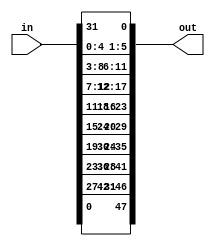
`timescale 1ns / 1ps
//////////////////////////////////////////////////////////////////////////////////
// Company: 
// Engineer: 
// 
// Design Name: 
// Module Name: DES_expansion
// Project Name: 
// Target Devices: 
// Tool Versions: 
// Description: 
// 
// Dependencies: 
// 
// Revision:
// Revision 0.01 - File Created
// Additional Comments:
// 
//////////////////////////////////////////////////////////////////////////////////


module DES_expansion(in,out);
    input [1:32]in;
    output [0:47]out;
    assign out=
    {
    in[32],
    in[1],
    in[2],
    in[3],
    in[4],
    in[5],
    in[4],
    in[5],
    in[6],
    in[7],
    in[8],
    in[9],
    in[8],
    in[9],
    in[10],
    in[11],
    in[12],
    in[13],
    in[12],
    in[13],
    in[14],
    in[15],
    in[16],
    in[17],
    in[16],
    in[17],
    in[18],
    in[19],
    in[20],
    in[21],
    in[20],
    in[21],
    in[22],
    in[23],
    in[24],
    in[25],
    in[24],
    in[25],
    in[26],
    in[27],
    in[28],
    in[29],
    in[28],
    in[29],
    in[30],
    in[31],
    in[32],
    in[1]
    };
endmodule